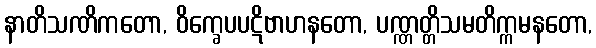
နာတိသဏိကတော, ဝိက္ခေပပဋိဗာဟနတော, ပဏ္ဏတ္တိသမတိက္ကမနတော,